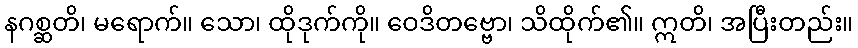
နဂစ္ဆတိ၊ မရောက်။ သော၊ ထိုဒုက်ကို။ ဝေဒိတဗ္ဗော၊ သိထိုက်၏။ ဣတိ၊ အပြီးတည်း။